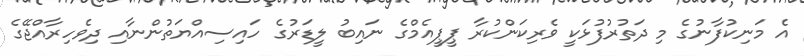
އެ މަނިކުފާނުގެ މި ދަތުރުފުޅަކީ ވެރިކަންކުރާ ޕީޕީއެމްގެ ނައިބު ލީޑަރުގެ ހައިސިއްޔަތުންނާއި ދިވެހިރާއްޖޭގެ